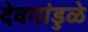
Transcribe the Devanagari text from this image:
देवगांडुळे